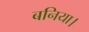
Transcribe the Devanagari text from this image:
बनिया।